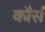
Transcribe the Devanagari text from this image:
कौर्स